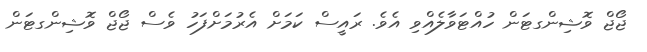
ޖޯޖް ވޮޝިންގޓަން ހުއްޓަވާލެއްވި އެވެ. ރައީސް ކަމަށް އެރުމަށްފަހު ވެސް ޖޯޖް ވޮޝިންގޓަން